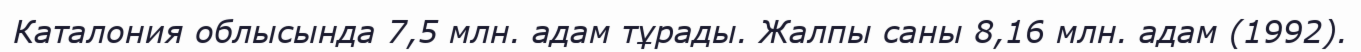
Каталония облысында 7,5 млн. адам тұрады. Жалпы саны 8,16 млн. адам (1992).